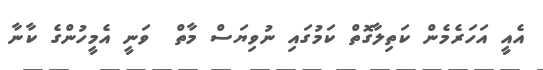
އެއީ އަހަރެމެން ކަތިލާގޮތް ކަމުގައި ނުވިޔަސް މާތް  ވަނީ އެމީހުންގެ ކާނާ